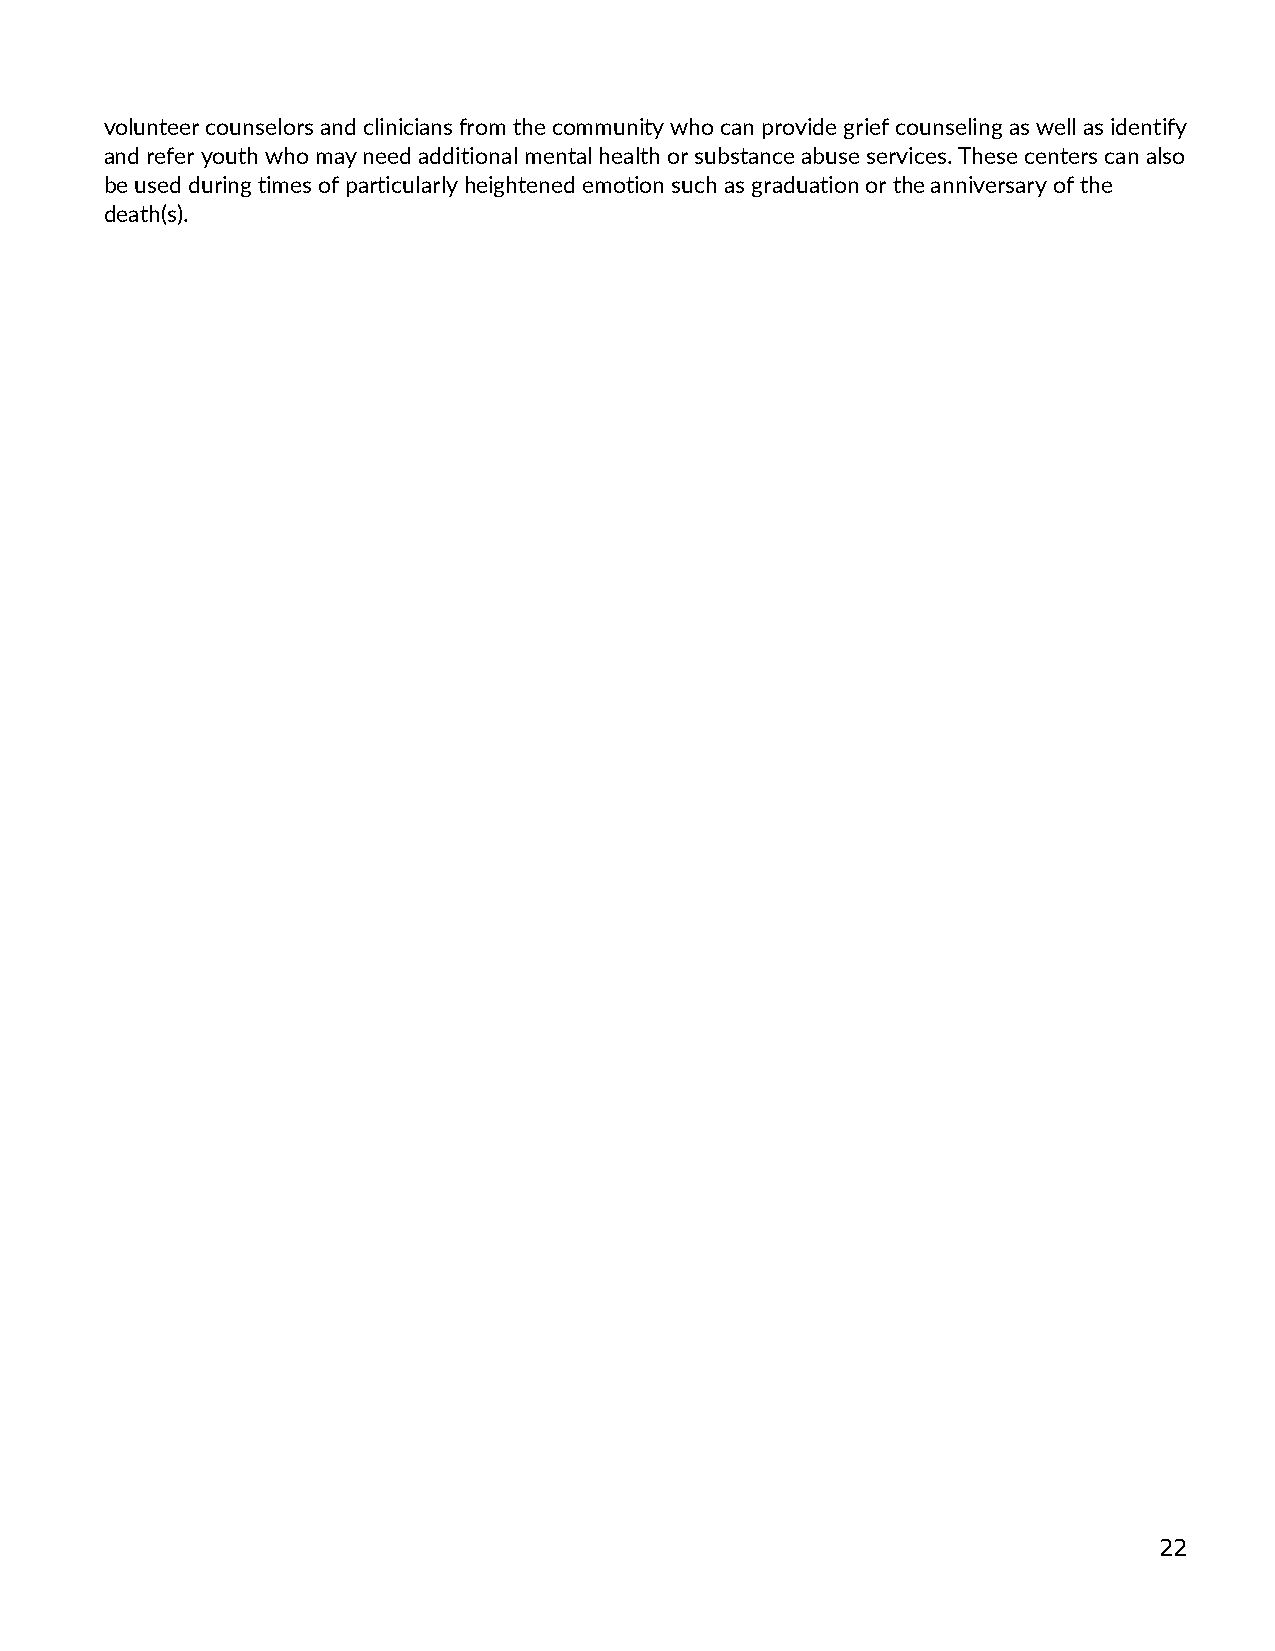
volunteer counselors and clinicians from the community who can provide grief counseling as well as identify
 and refer youth who may need additional mental health or substance abuse services. These centers can also
 be used during times of particularly heightened emotion such as graduation or the anniversary of the
 death(s).
 22